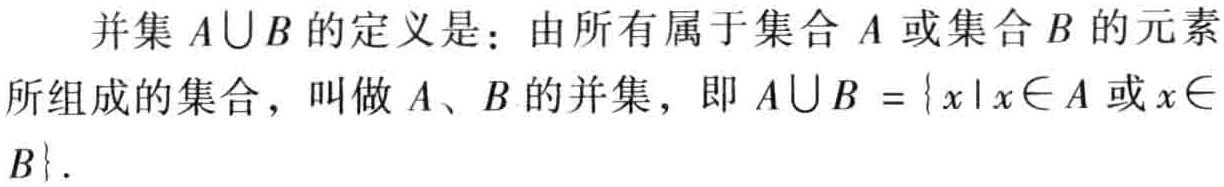
并集 \(A\cup B\) 的定义是：由所有属于集合 \(A\) 或集合 \(B\) 的元素所组成的集合，叫做 \(A\)、\(B\) 的并集，即 \(A\cup B = \{x|x\in A \text{ 或 } x\in B\}\)．